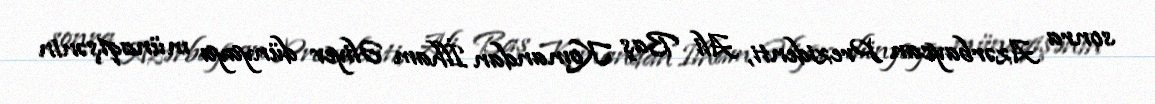
sonra Azərbaycan Prezidenti, Ali Baş Komandan İlham Əliyev dünyaya münaqişənin